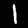
Digit: 1